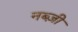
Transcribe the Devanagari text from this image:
नब्ज़ी